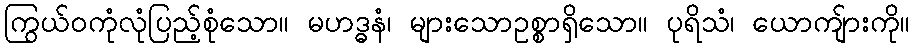
ကြွယ်ဝကုံလုံပြည့်စုံသော။ မဟဒ္ဓနံ၊ များသောဥစ္စာရှိသော။ ပုရိသံ၊ ယောကျ်ားကို။